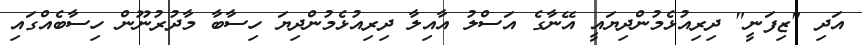
އަދި "ޒިފަނީ" ދިރިއުޅެމުންދިޔައީ އޭނާގެ އަސްލު އާއިލާ ދިރިއުޅެމުންދިޔަ ހިސާބާ މާދުރުނޫން ހިސާބެއްގައި